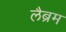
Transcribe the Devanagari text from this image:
लैब्रम